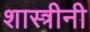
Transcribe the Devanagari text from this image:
शास्त्रीनी